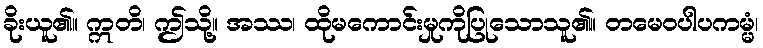
ခိုးယူ၏။ ဣတိ၊ ဤသို့။ အဿ၊ ထိုမကောင်းမှုကိုပြုသောသူ၏။ တမေဝပါပကမ္မံ၊